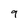
Character: 9